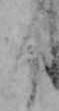
く